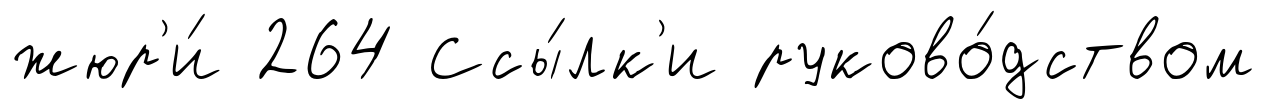
жюр'и́ 264 Ссы́лк'и руково́дством